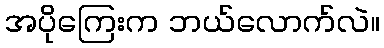
အပိုကြေးက ဘယ်လောက်လဲ။